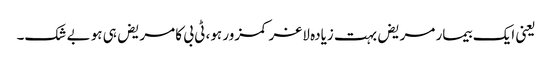
یعنی ایک بیمار مریض بہت زیادہ لاغر کمزور ہو، ٹی بی کا مریض ہی ہو بے شک۔